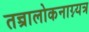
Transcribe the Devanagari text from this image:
तन्त्रालोकनाग्न्यत्र